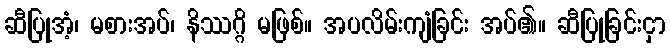
ဆီပြုအံ့၊ မစားအပ်၊ နိဿဂ္ဂိ မဖြစ်။ အပလိမ်းကျံခြင်း အပ်၏။ ဆီပြုခြင်းငှာ